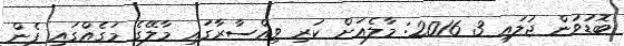
ބޮޑުވުން ޖުލައި 3 2016: މާލެއަށް ކުރި ވިއްސާރާގައި މާލޭގެ މަގެއްގައި ފެން